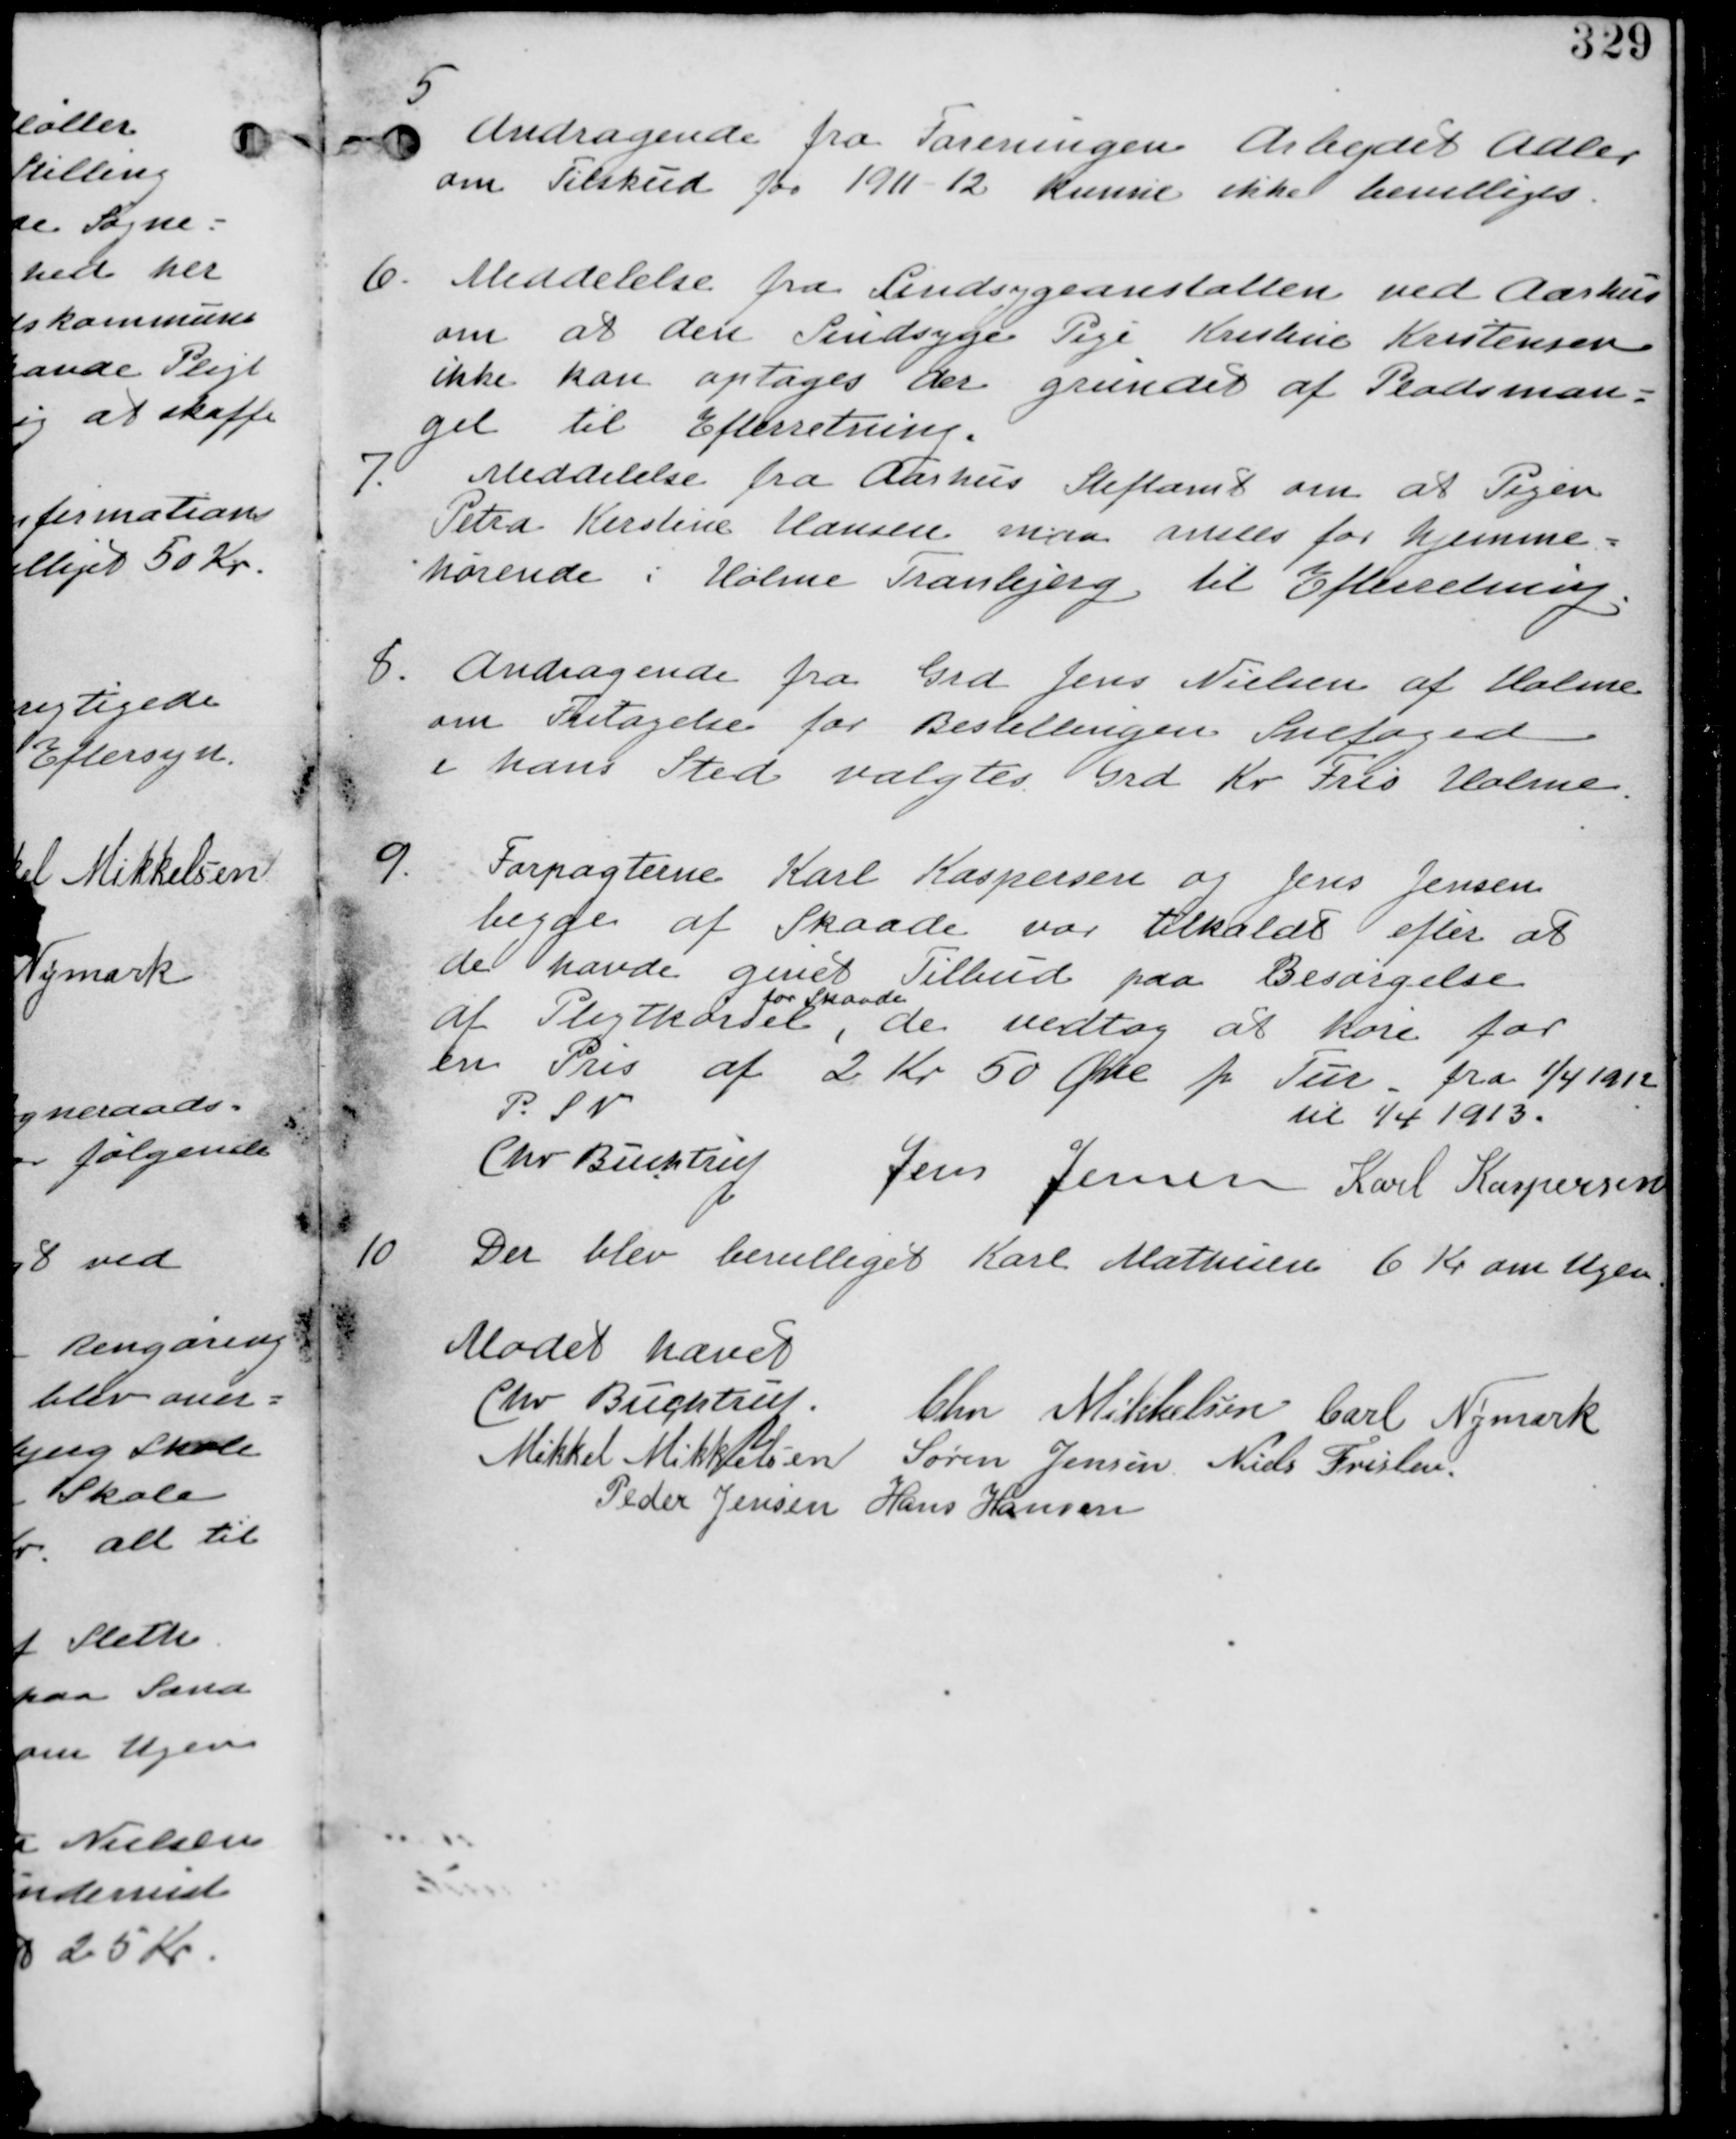
Transskription:
5.
Andragende fra Foreningen Arbejdet Adler
om Tilskud for 1911-12 kunne ikke bevilliges.

6. Meddelelse fra Sindsygeanstalten ved Aarhus
om at den Sindsyge Pige Krestine Kristensen
ikke kan optages der grundet af Pladsman-
gel til Efterretning.

7. Meddelelse fra Aarhus Stiftamt om at Pigen
Petra Kerstine Hansen maa anses for hjemme-
hørende i Holme Tranbjerg til Efterretning.

8. Andragende fra Grd Jens Nielsen af Holme
om fritagelsen for Bestillingen Snefoged
i hans Sted valgtes Grd Kr Fris Holme.

9. Forpagterne Karl Kaspersen og Jens Jensen
begge af Skaade var tilkaldt efter at
de havde givet Tilbud paa Besørgelse
af Pligtkørsel
for Skaade,
de vedtog at køre for
en Pris af 2 Kr 50 Øre pr Tur fra 1/4 1912

P. S. V.

til 1/4 19123

Chr. Buchtrup
Jens Jensen Karl Kaspersen

10.
Der blev bevilliget Karl Mathisen 6 Kr om Ugen.

Mødet hævet

Chr Buchtrup, Chr Mikkelsen Carl Nymark
Mikkel Mikkelsen Søren Jensen Niels Friskev
Peder Jensen Hans Hansen